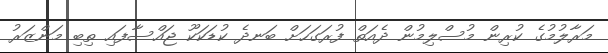
މަރާލުމުގެ ކުރިން މުސްލިމުން ދެއަތް ފުރަގަހަށް ބަނދެ ކުޑަކަކޫ ޖައްސާފައި ތިބި މަންޒަރު